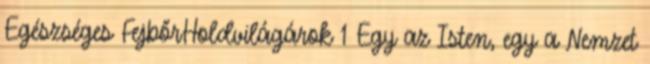
Egészséges FejbőrHoldvilágárok 1 Egy az Isten, egy a Nemzet